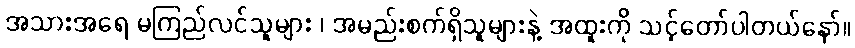
အသားအရေ မကြည်လင်သူများ ၊ အမည်းစက်ရှိသူများနဲ့ အထူးကို သင့်တော်ပါတယ်နော်။